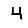
Digit: 4